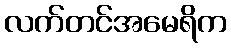
လက်တင်အမေရိက